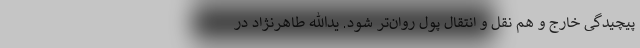
پیچیدگی خارج و هم نقل و انتقال پول روان‌تر شود. یدالله طاهرنژاد در